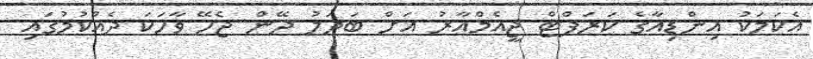
އެކަމަކު އިންޑިއާގެ ކަރަޕްޓް ޖީއެމްއާރު އަށް ބަދަލު ދޭން ޖެހޭ ވާހަކަ ދެއްކުމުގައި